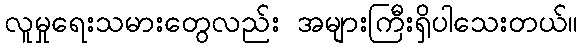
လူမှုရေးသမားတွေလည်း အများကြီးရှိပါသေးတယ်။